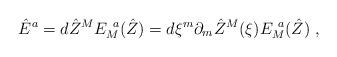
LaTeX: \begin{align*} \hat{E}^{ {a}} = d\hat{Z}^{ {M}} E_{ {M}}^{~ {a}}(\hat{Z})= d\xi^m \partial_m \hat{Z}^{ {M}}(\xi ) E_{ {M}}^{~ {a}}(\hat{Z})\; ,\end{align*}